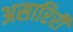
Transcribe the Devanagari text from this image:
असारिरी